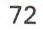
72